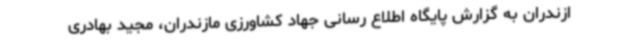
ازندران به گزارش پایگاه اطلاع رسانی جهاد کشاورزی مازندران، مجید بهادری